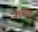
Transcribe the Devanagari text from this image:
नाची।